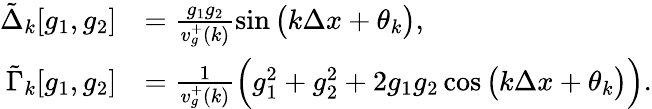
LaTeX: \begin{array}{rl}{\tilde{\Delta}_{k}[g_{1},g_{2}]}&{=\frac{g_{1}g_{2}}{v_{g}^{+}(k)}\sin{\big(k\Delta x+\theta_{k}\big)},}\\ {\tilde{\Gamma}_{k}[g_{1},g_{2}]}&{=\frac{1}{v_{g}^{+}(k)}\Big(g_{1}^{2}+g_{2}^{2}+2g_{1}g_{2}\cos{\big(k\Delta x+\theta_{k}\big)}\Big).}\end{array}